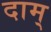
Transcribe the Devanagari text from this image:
दाम्